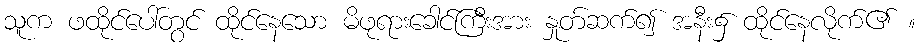
သူက ဖထိုင်ပေါ်တွင် ထိုင်နေသော မိဖုရားခေါင်ကြီးအား နှုတ်ဆက်၍ အနီး၌ ထိုင်နေလိုက်၏ ။